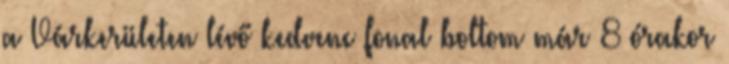
a Várkerületen lévő kedvenc fonal boltom már 8 órakor